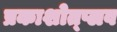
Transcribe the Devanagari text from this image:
प्रकाशोत्प्लव